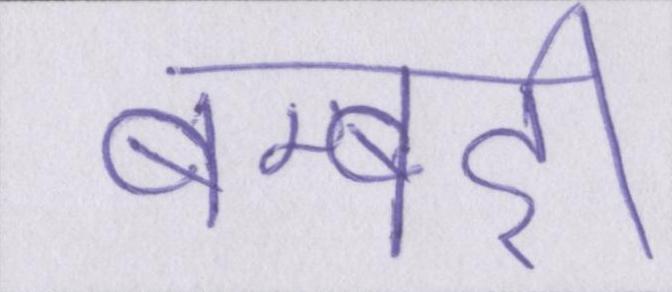
बम्बर्इ